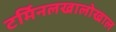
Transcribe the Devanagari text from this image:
टर्मिनलखालोखाल